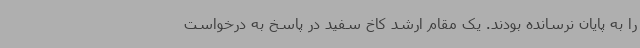
را به پایان نرسانده بودند. یک مقام ارشد کاخ سفید در پاسخ به درخواست